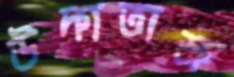
উদ্‌গতাশ্রু